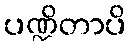
ပဏ္ဍိတာပိ